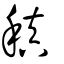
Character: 稹